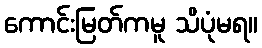
ကောင်းမြတ်ကမူ သိပုံမရ။